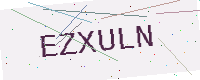
Text: EZXULN